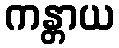
ကန္တာယ